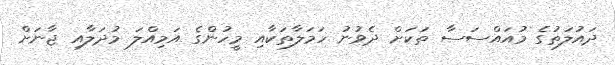
ދައުލަތުގެ މުއައްސަސާ ތަކަށް ދެވުނު ހަމަލާތަކާއި މީހުންގެ އަމިއްލަ މުދަލާއި ޖާނަށް